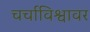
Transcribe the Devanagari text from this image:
चर्चाविश्वावर